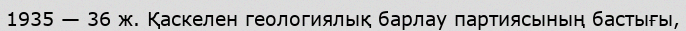
1935 — 36 ж. Қаскелен геологиялық барлау партиясының бастығы,